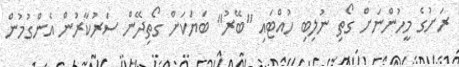
ރަށުގެ މީހުންނަށް ގޯތި ނުލިބި ހުއްޓައި "ބޭރު" ބަޔަކަށް ގޯތިދޭން ސަރުކާރުން އެންގުމުން